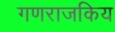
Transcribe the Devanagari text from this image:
गणराजकिय